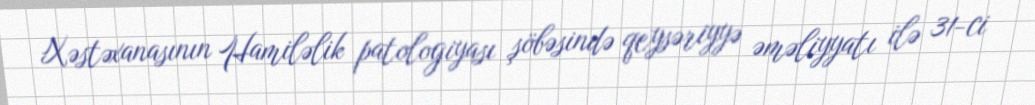
Xəstəxanasının Hamiləlik patologiyası şöbəsində qeysəriyyə əməliyyatı ilə 31-ci